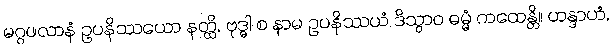
မဂ္ဂဖလာနံ ဥပနိဿယော နတ္ထိ, ဗုဒ္ဓါ စ နာမ ဥပနိဿယံ ဒိသွာဝ ဓမ္မံ ကထေန္တိ။ ဟန္ဒာဟံ,